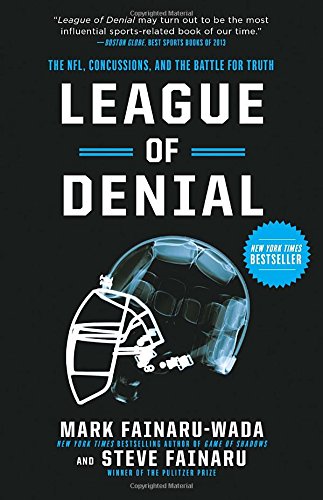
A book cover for League of Denial: The NFL, Concussions, and the Battle for Truth; Mark Fainaru-Wada; Medical Books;